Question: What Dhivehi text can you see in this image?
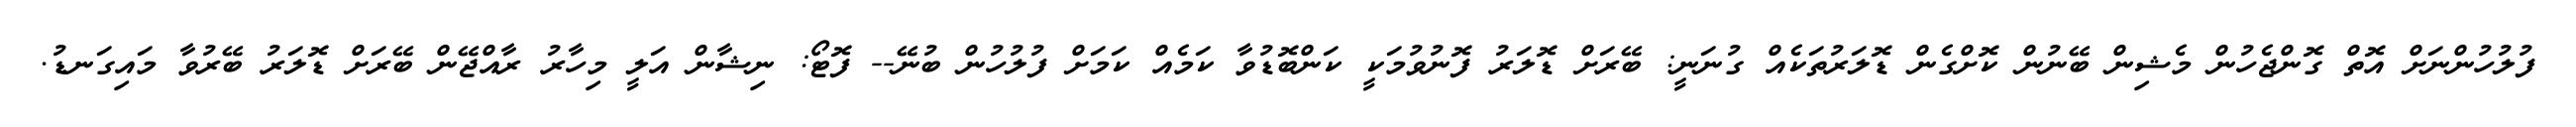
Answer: ފުލުހުންނަށް އޮތް ގޮންޖެހުން މެޝިން ބޭނުން ކޮށްގެން ޑޮލަރުތަކެއް ގުނަނީ: ބޭރަށް ޑޮލަރު ފޮނުވުމަކީ ކަންބޮޑުވާ ކަމެއް ކަމަށް ފުލުހުން ބުނޭ-- ފޮޓޯ: ނިޝާން އަލީ މިހާރު ރާއްޖޭން ބޭރަށް ޑޮލަރު ބޭރުވާ މައިގަނޑު.